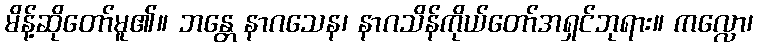
မိန့်ဆိုတော်မူ၏။ ဘန္တေ နာဂသေန၊ နာဂသိန်ကိုယ်တော်အရှင်ဘုရား။ ကလ္လော၊